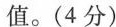
值。(4分)